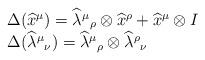
LaTeX: \begin{align*}\begin{array}{l}\Delta(\widehat{x}^{\mu})=\widehat{\lambda}{^{\mu}}_{\rho}\otimes\widehat{x}^{\rho}+\widehat{x}^{\mu}\otimes I \\\Delta(\widehat{\lambda}{^{\mu}}_{\nu})=\widehat{\lambda}{^{\mu}}_{\rho}\otimes\widehat{\lambda}{^{\rho}}_{\nu}\end{array}\end{align*}